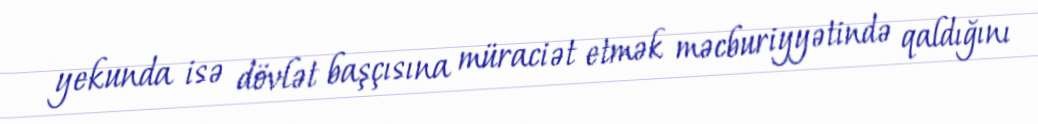
yekunda isə dövlət başçısına müraciət etmək məcburiyyətində qaldığını